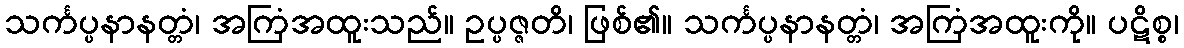
သင်္ကပ္ပနာနတ္တံ၊ အကြံအထူးသည်။ ဥပ္ပဇ္ဇတိ၊ ဖြစ်၏။ သင်္ကပ္ပနာနတ္တံ၊ အကြံအထူးကို။ ပဋိစ္စ၊